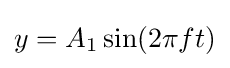
y=A_{1}\sin(2\pi ft)